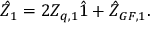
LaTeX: \hat { Z } _ { 1 } = 2 Z _ { q , 1 } \hat { 1 } + \hat { Z } _ { G F , 1 } .